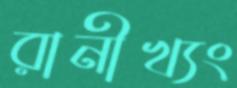
রানীখ্যং